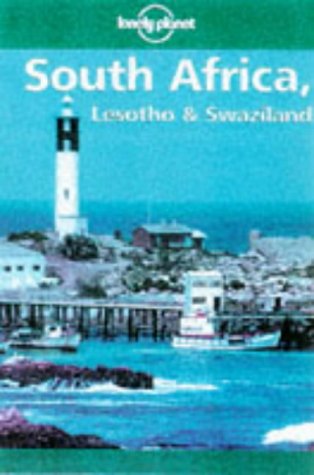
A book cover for Lonely Planet South Africa, Lesotho & Swaziland (3rd ed); Jon Murray; Travel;